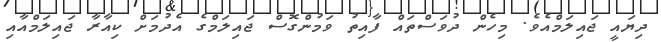
ދިޔައީ ޖައިލަމްއެވެ. މިހެން ދުވަސްތައް ފާއިތު ވަމުންގޮސް ޖައިލަމްގެ އެދުމަށް ކިއާރާ ޖައިލަމްއާއި